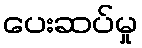
ပေးဆပ်မှု